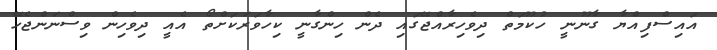
އައިސްފިއްޔާ ގާނޫނީ ހުކޫމަތް ދިވެހިރާއްޖޭގައި ދެން ހިންގާނީ ކިހާވަރަކަށްތޯ އެއީ ދިވެހިން ވިސްނަންޖެހޭ